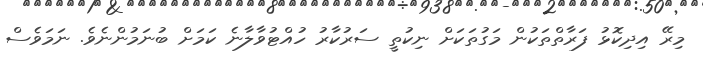
މިރޭ އިދިކޮޅު ފަރާތްތަކުން މަގުތަކަށް ނިކުތީ ސަރުކާރު ހުއްޓުވާލާނެ ކަމަށް ބުނަމުންނެވެ. ނަމަވެސް